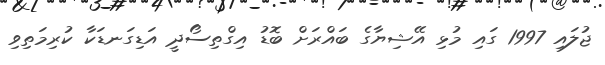
ޖުލައި 1997 ގައި މުޅި އޭޝިޔާގެ ބައްރަށް ބޮޑު އިގްތިސޯދީ އަޑިގަނޑަކާ ކުރިމަތިވި